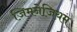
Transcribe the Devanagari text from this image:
जिमनेजि़यम